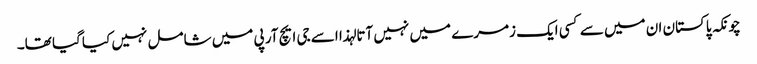
چونکہ پاکستان ان میں سے کسی ایک زمرے میں نہیں آتا لہذا اسے جی ایچ آر پی میں شامل نہیں کیا گیا تھا۔